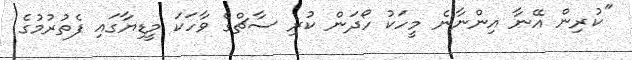
''ކުރިން އޭނާ އިންނާނެ މީހަކު ހޯދަން ކުރި ސާޗްގެ ވާހަކަ މީޑިޔާގައި ފެތުރުމުގެ